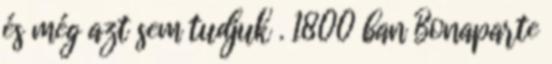
és még azt sem tudjuk . 1800 ban Bonaparte